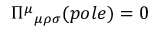
\Pi ^ { \mu } { } _ { \mu \rho \sigma } ( p o l e ) = 0